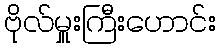
ဗိုလ်မှူးကြီးဟောင်း